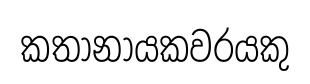
කතානායකවරයකු